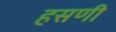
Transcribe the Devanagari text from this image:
हसणी